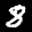
Label: 8